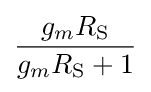
{\frac {g_{m}R_{\text{S}}}{g_{m}R_{\text{S}}+1}}